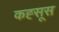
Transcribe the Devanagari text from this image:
कह्सूस